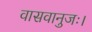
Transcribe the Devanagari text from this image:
वासवानुजः।